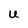
Character: U